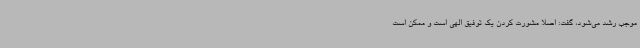
موجب رشد می‌شود، گفت: اصلاً مشورت کردن یک توفیق الهی است و ممکن است